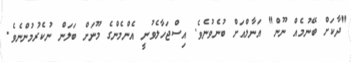
"ދާކަށް ބޭނުމެއް ނޫން" އަނާލްއަށް ބުނެވުނެވެ. އިސްޖަހާލެވުނީ އެންމެންގެ މޫނަށް ބަލަން ނުކެރުމުންނެވެ.